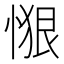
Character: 𱞴